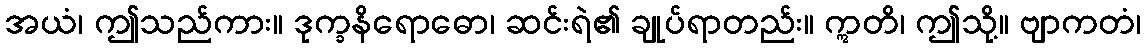
အယံ၊ ဤသည်ကား။ ဒုက္ခနိရောဓော၊ ဆင်းရဲ၏ ချုပ်ရာတည်း။ ဣတိ၊ ဤသို့။ ဗျာကတံ၊